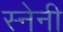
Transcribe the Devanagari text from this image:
स्नेनी